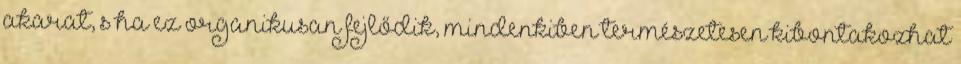
akarat, s ha ez organikusan fejlődik, mindenkiben természetesen kibontakozhat